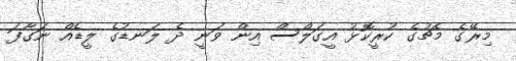
މިރޭގެ މެޗުގެ ކުރީކޮޅު އީގަލްސް އިން ވަނީ ދެ ލަނޑުގެ ލީޑެއް ނަގާފަ